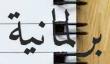
برلمانية